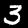
Digit: 3